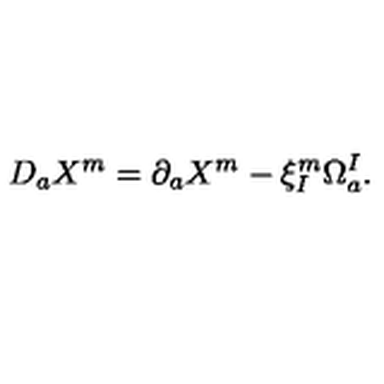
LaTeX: D _ { a } X ^ { m } = \partial _ { a } X ^ { m } - \xi _ { I } ^ { m } \Omega _ { a } ^ { I } .